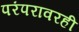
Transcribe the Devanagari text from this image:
परंपरावरही